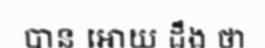
បាន អោយ ដឹង ថា